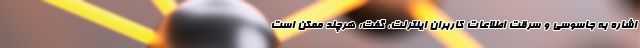
اشاره به جاسوسی و سرقت اطلاعات کاربران اینترنت، گفت: هرچند ممکن است